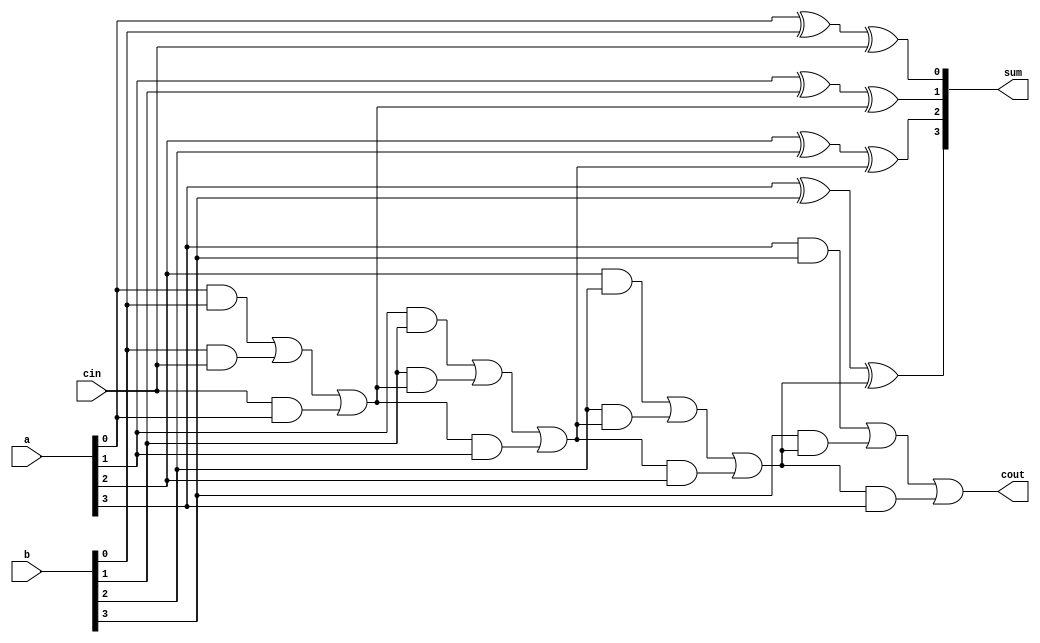
`timescale 1ns / 1ps
//////////////////////////////////////////////////////////////////////////////////
// Company: 
// Engineer: 
// 
// Design Name: 
// Module Name:    rcab 
// Project Name: 
// Target Devices: 
// Tool versions: 
// Description: 
//
// Dependencies: 
//
// Revision: 
// Revision 0.01 - File Created
// Additional Comments: 
//
//////////////////////////////////////////////////////////////////////////////////
module rcab(
    input [3:0] a,
    input [3:0] b,
    input cin,
    output reg [3:0] sum,
    output reg cout
    );
	 reg c0,c1,c2;
	 always @ (a,b,cin)
	 begin
	   sum[0]=a[0]^b[0]^cin;
	  c0=(a[0]&b[0])|(b[0]&cin)|(cin&a[0]);
	 sum[1]=a[1]^b[1]^c0;
	  c1=(a[1]&b[1])|(b[1]&c0)|(c0&a[1]);
	  sum[2]=a[2]^b[2]^c1;
	  c2=(a[2]&b[2])|(b[2]&c1)|(c1&a[2]);
	  sum[3]=a[3]^b[3]^c2;
	 
	cout=(a[3]&b[3])|(b[3]&c2)|(c2&a[3]);
	end



endmodule